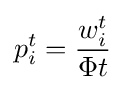
p_{i}^{t}={\frac {w_{i}^{t}}{\Phi t}}